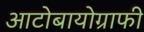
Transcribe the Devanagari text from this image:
आटोबायोग्राफी